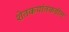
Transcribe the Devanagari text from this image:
शेतकर्यातकडील